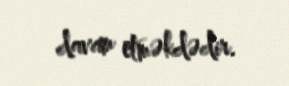
davam etməkdədir.